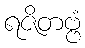
ရဇိတဗ္ဗံ